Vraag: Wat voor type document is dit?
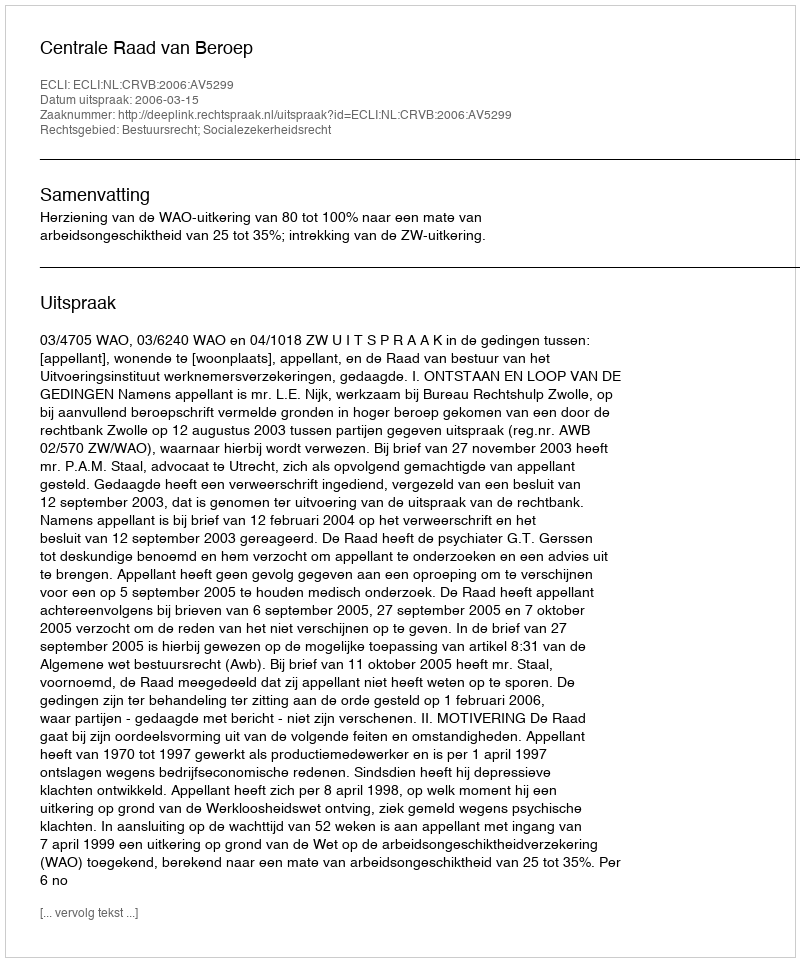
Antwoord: Uitspraak